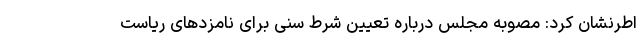
اطرنشان کرد: مصوبه مجلس درباره تعیین شرط سنی برای نامزدهای ریاست‌